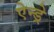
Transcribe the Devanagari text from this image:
ऐन्ड्रे